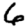
Digit: 6